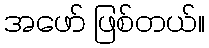
အဖော် ဖြစ်တယ်။